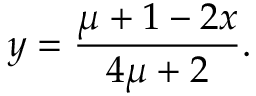
y = \frac { \mu + 1 - 2 x } { 4 \mu + 2 } .